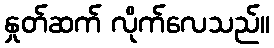
နှုတ်ဆက် လိုက်လေသည်။